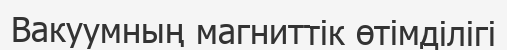
Вакуумның магниттік өтімділігі